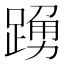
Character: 𨃒